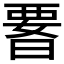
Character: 𭦫